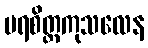
ပရစိတ္တကုသလေန